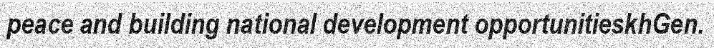
peace and building national development opportunitieskhGen.